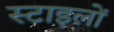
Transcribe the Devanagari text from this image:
स्टाइलों